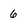
Character: 6